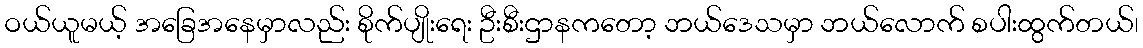
ဝယ်ယူမယ့် အခြေအနေမှာလည်း စိုက်ပျိုးရေး ဦးစီးဌာနကတော့ ဘယ်ဒေသမှာ ဘယ်လောက် စပါးထွက်တယ်၊